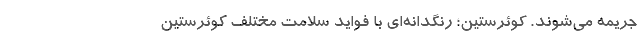
جریمه می‌شوند. کوئرستین؛ رنگدانه‌ای با فواید سلامت مختلف کوئرستین